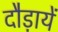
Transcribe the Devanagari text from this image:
दौड़ायें